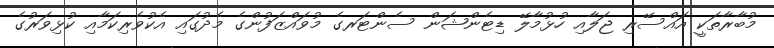
މުބާރާތަކީ އައްސޭރި ޖަލާއި ހުޅުމާލޭ ޑިޓެންޝަން ސެންޓަރގެ މުވައްޒަފުންގެ މެދުގައި އެކުވެރިކަމާއި ކުޅިވަރުގެ